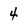
Character: 4